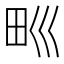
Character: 𤰝